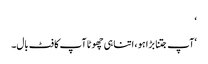
‘
‘آپ جتنا بڑا ہو ، اتنا ہی چھوٹا آپ کا فٹ بال۔